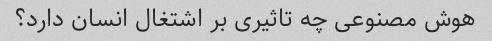
هوش مصنوعی چه تاثیری بر اشتغال انسان دارد؟